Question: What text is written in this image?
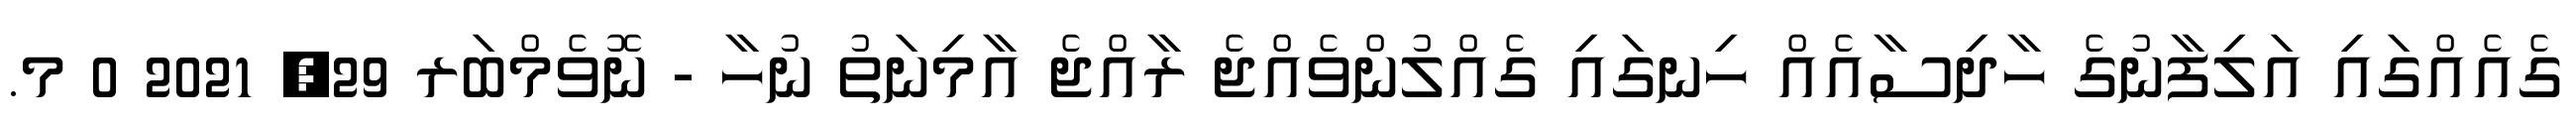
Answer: ގެއެއްގައި އަލިފާނުގެ ހާދިސާއެއް ހިނގައި ގެއްލުންވެއްޖެ ރާއްޖެ އާމިނަތު ނުހާ - ނޮވެމްބަރ 29, 2021 0 މ.